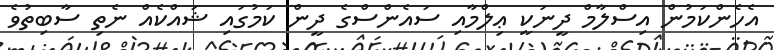
އެހެންކަމުން އިސްލާމް ދީނަކީ ޢިލްމާއި ސައެންސްގެ ދީން ކަމުގައި ޝައްކެއް ނެތި ސާބިތުވެ